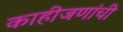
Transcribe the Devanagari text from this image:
काहीजणांची